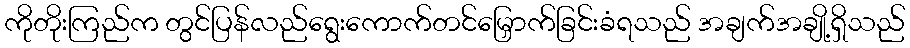
ကိုတိုးကြည်က တွင်ပြန်လည်ရွေးကောက်တင်မြှောက်ခြင်းခံရသည် အချက်အချို့ရှိသည်